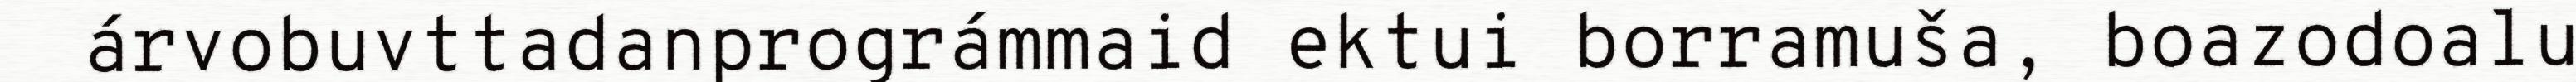
árvobuvttadanprográmmaid ektui borramuša, boazodoalu